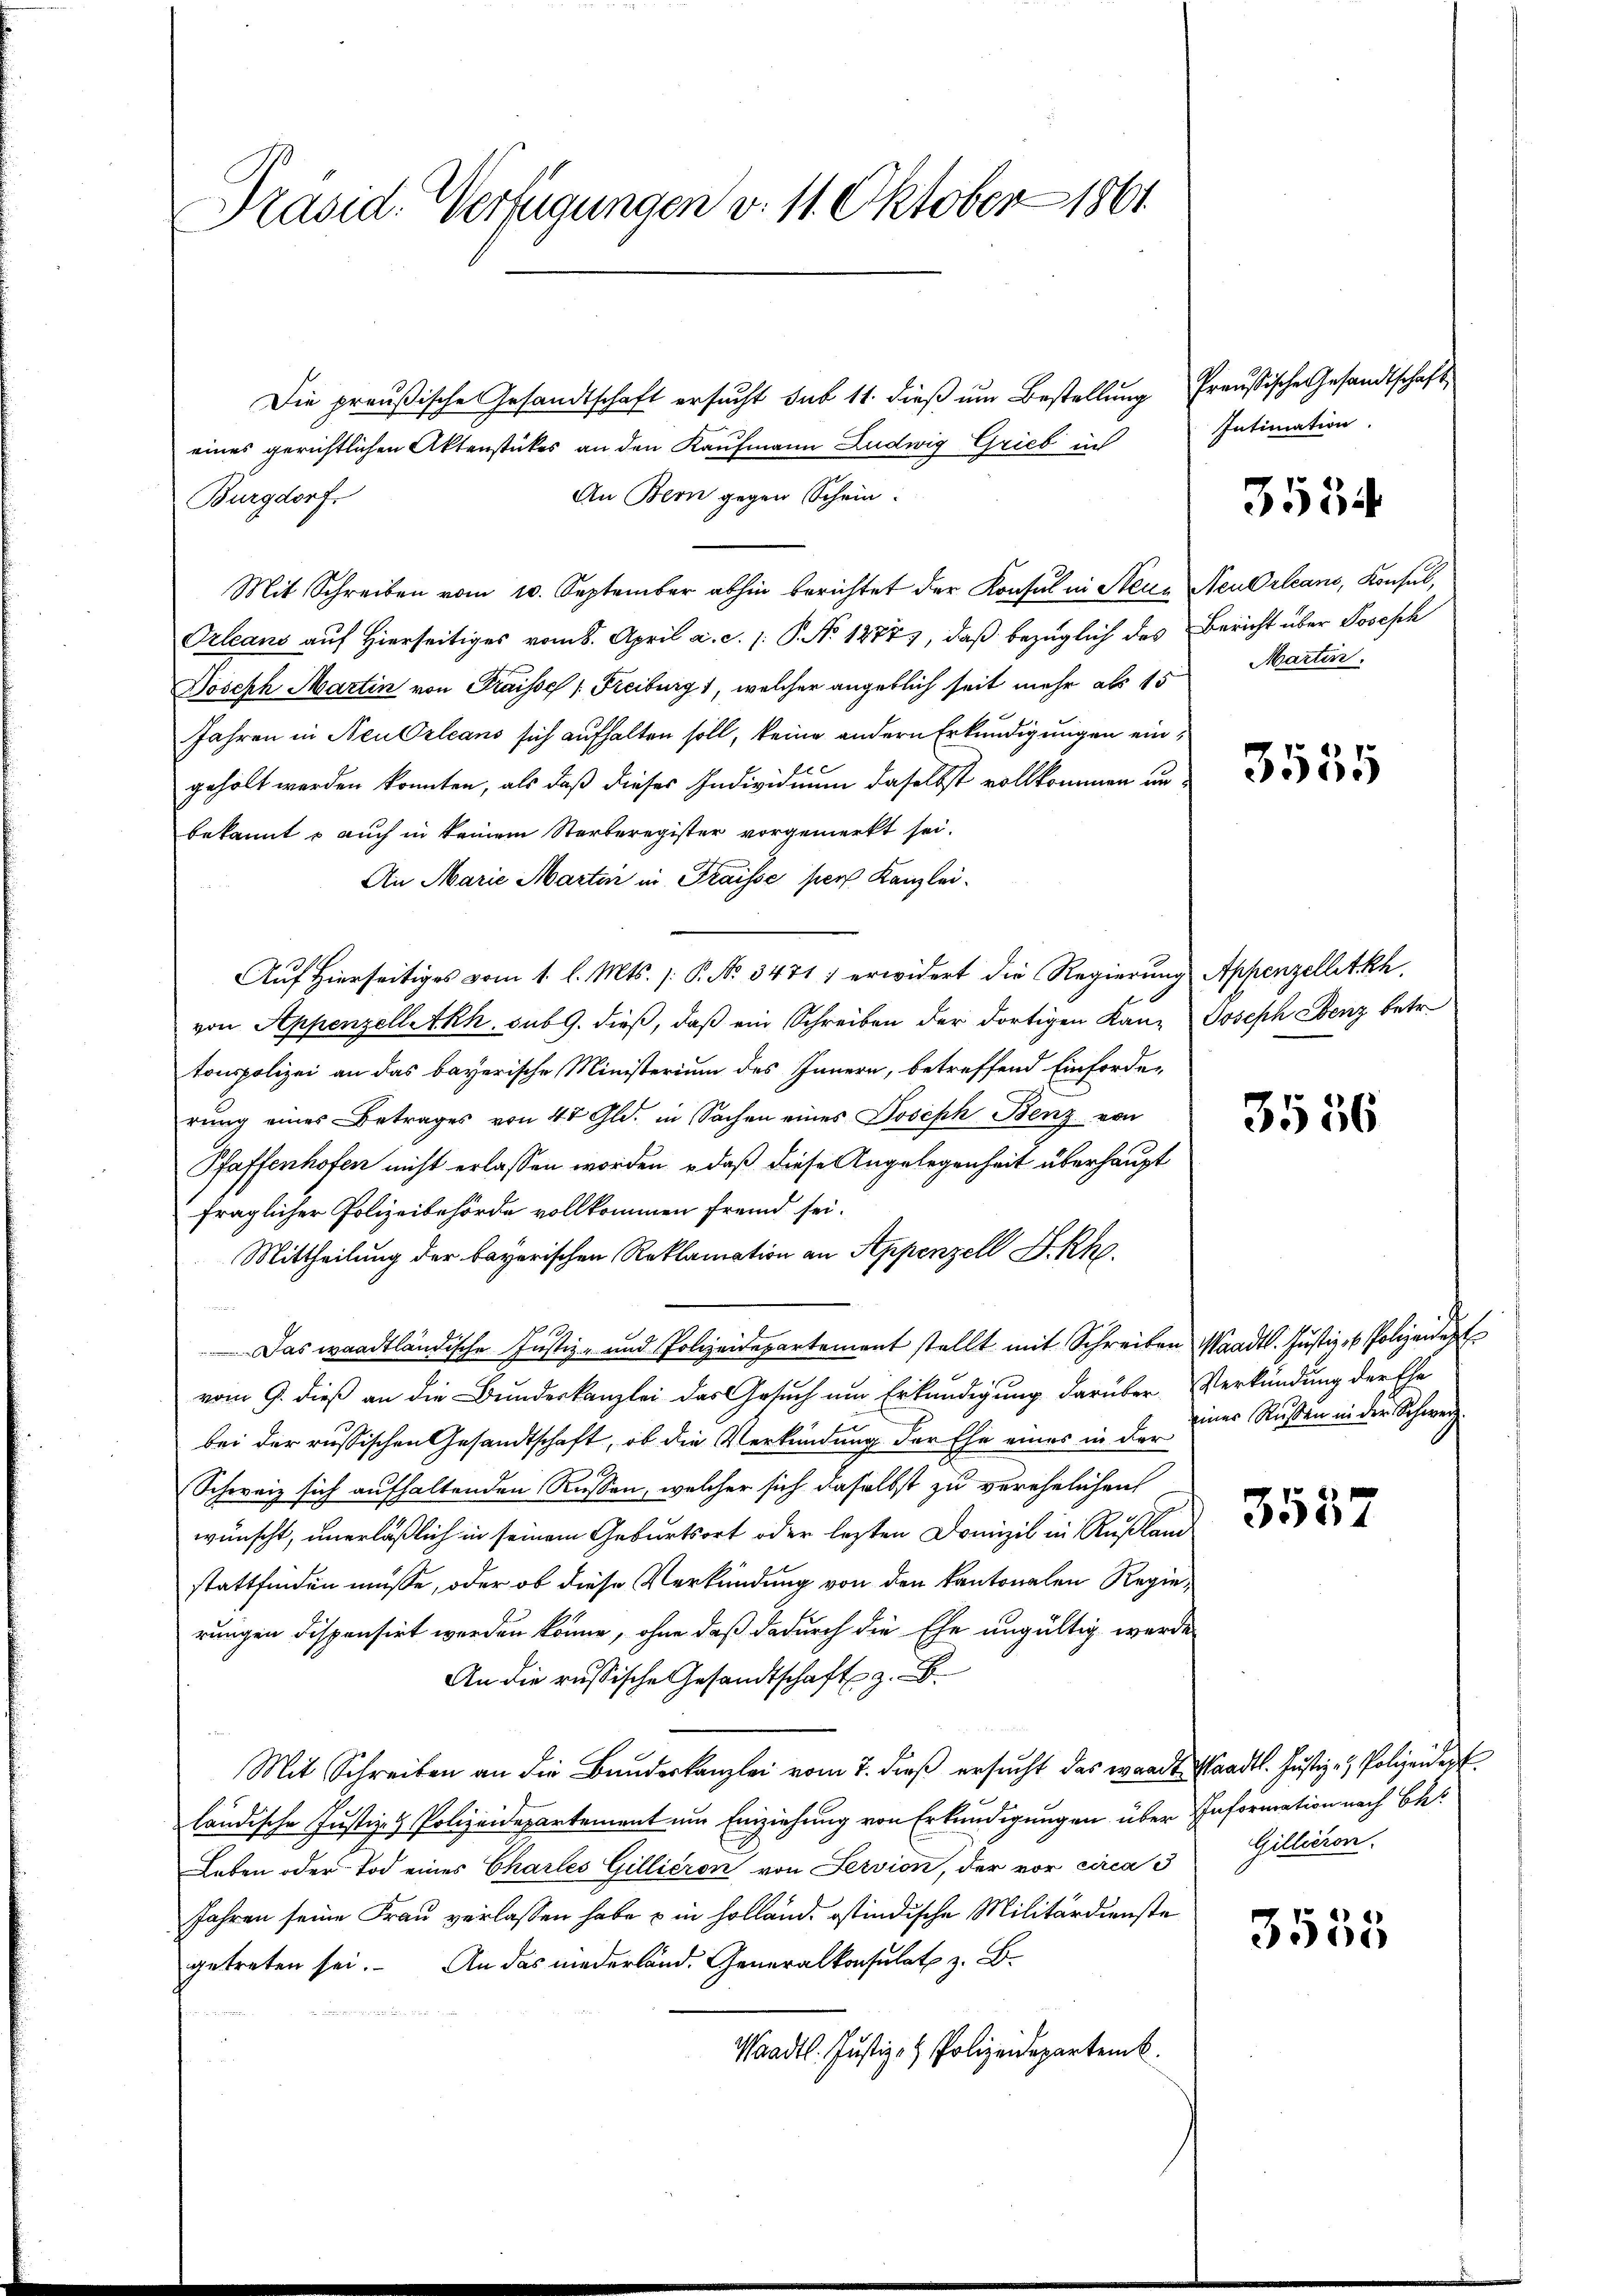
Präsid. Verfügungen v. 11. Oktober 1861

Die preußische Gesandtschaft ersucht sub 11. dieß um Bestellung Preußische Gesandtschaft
eines gerichtlichen Aktenstückes an den Kaufmann Ludwig Grieb in
An Bern gegen Schein.
Burgdorf.
Mit Schreiben vom 10. September abhin berichtet der Konsul in Steur, Neuorleans, Konsul,
Orleans auf Hierseitiges vom 8. April a. c. 1. P. No 1277), daß bezüglich des Bericht über Joseph
Joseph Martin von Fraisse Freiburg 1, welcher angeblich seit mehr als 15
Jahren in Neu Orleans sich aufhalten soll, keine andern Erkundigungen eingeholt werden konnten, als daß dieses Individuum daselbst vollkommen unbekannt & auch in keinem Sterberegister vorgemerkt sei.
An Marie Martin in Fraisse pers Kanzlei¬
Auf Hierseitiges vom 1. l. Mts. (: P. No 3471) erwidert die Regierung Appenzelletkh
von Appenzell Akh. sub 9. dieß, daß ein Schreiben der dortigen Kanz Joseph Ebenz betr.
tonspolizei an das bayerische Ministerium des Innern, betreffend Einforderŭng eines Betrages von 47 Gld. in Sachen eines Joseph Benz von
Pfaffenhofen nicht erlassen worden, – daß diese Angelegenheit überhaupt
fraglicher Polizeibehörde vollkommen fremd sei.
Mittheilung der bayerischen Reklamation an Appenzell I.Rh.
 12
Das waadtländische Justiz- und Polizeidepartement stellt mit Schreiben Waadt. Justiz- & Polizeide
vom 9. dieß an die Bundeskanzlei das Gesuch um Erkundigung darüber Verkündung der Ele
bei der russischen Gesandtschaft, ob die Verkündung der Ehe eines in der
Schweiz sich aufhaltenden Rassen, welcher sich daselbst zu verehelichen
wünscht, unerläßlich in seinem Geburtsort oder lezten Domizil in Rußland
stattfinden müsse, oder ob diese Verkündung von den kantonalen Regierungen dispensirt werden könne, ohne daß dadurch die Ehe ungültig werde
An die russische Gesandtschaft z. B.
Mit Schreiben an die Bundeskanzlei vom 7. dieß ersucht das waadt Waadt. Justiz- & Polizeider
ländische Justiz- & Polizeidepartement um Einziehung von Erkundigungen über Information nach Be¬
Leben oder Tod eines Charles Gillieron von Servion, der vor circa 3
Jahren seine Frau verlassen habe & in Holländ. ostindische Militärdienste
getreten sei. An das niederländ. Generalkonsulat z. B.
Waadt. Justiz- & Polizeidepartenk

Intimation.

3534

Martin.

3555

3556

einer Rußen in der Schweiz.

3557

Gillieren.

3535